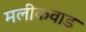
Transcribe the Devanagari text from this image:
मलीकवाड